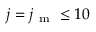
j = j _ { \mathrm { ~ m ~ } } \leq 1 0